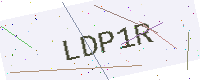
Text: LDP1R